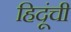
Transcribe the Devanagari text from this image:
हिदूंची